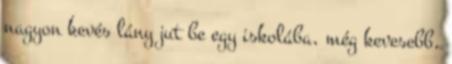
nagyon kevés lány jut be egy iskolába, még kevesebb,